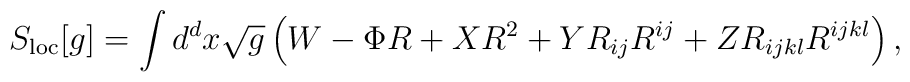
S_{\rm loc}[g] = \int d^d x\sqrt{g}\left( W - \Phi R + XR^2 + YR_{ij}R^{ij}  + ZR_{ijkl}R^{ijkl}\right),